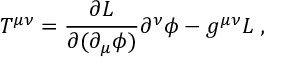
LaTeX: { \cal T } ^ { \mu \nu } = \frac { \partial { \cal L } } { \partial ( \partial _ { \mu } \phi ) } \partial ^ { \nu } \phi - g ^ { \mu \nu } { \cal L } \; ,